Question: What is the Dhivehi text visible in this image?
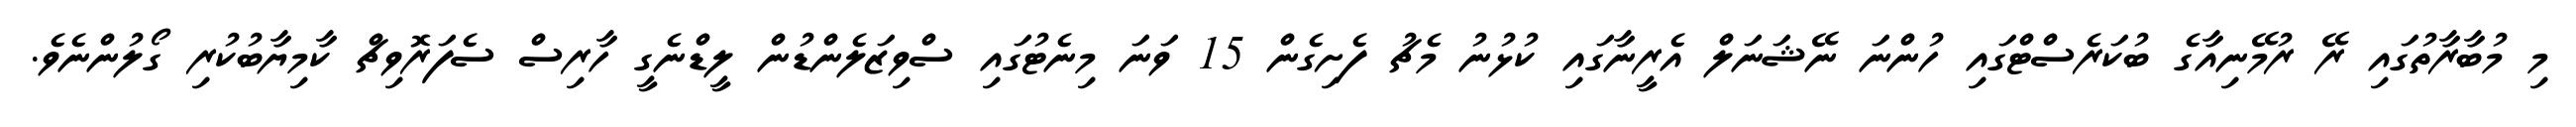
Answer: މި މުބާރާތުގައި ރޭ ރުމޭނިއާގެ ބުކަރެސްޓްގައި ހުންނަ ނޭޝަނަލް އެރީނާގައި ކުޅުނު މެޗު ފެށިގެން 15 ވަނަ މިނެޓުގައި ސްވިޒަލެންޑުން ލީޑްނެގީ ހާރިސް ސެފަރޮވިޗް ކާމިޔާބުކުރި ގޯލުންނެވެ.